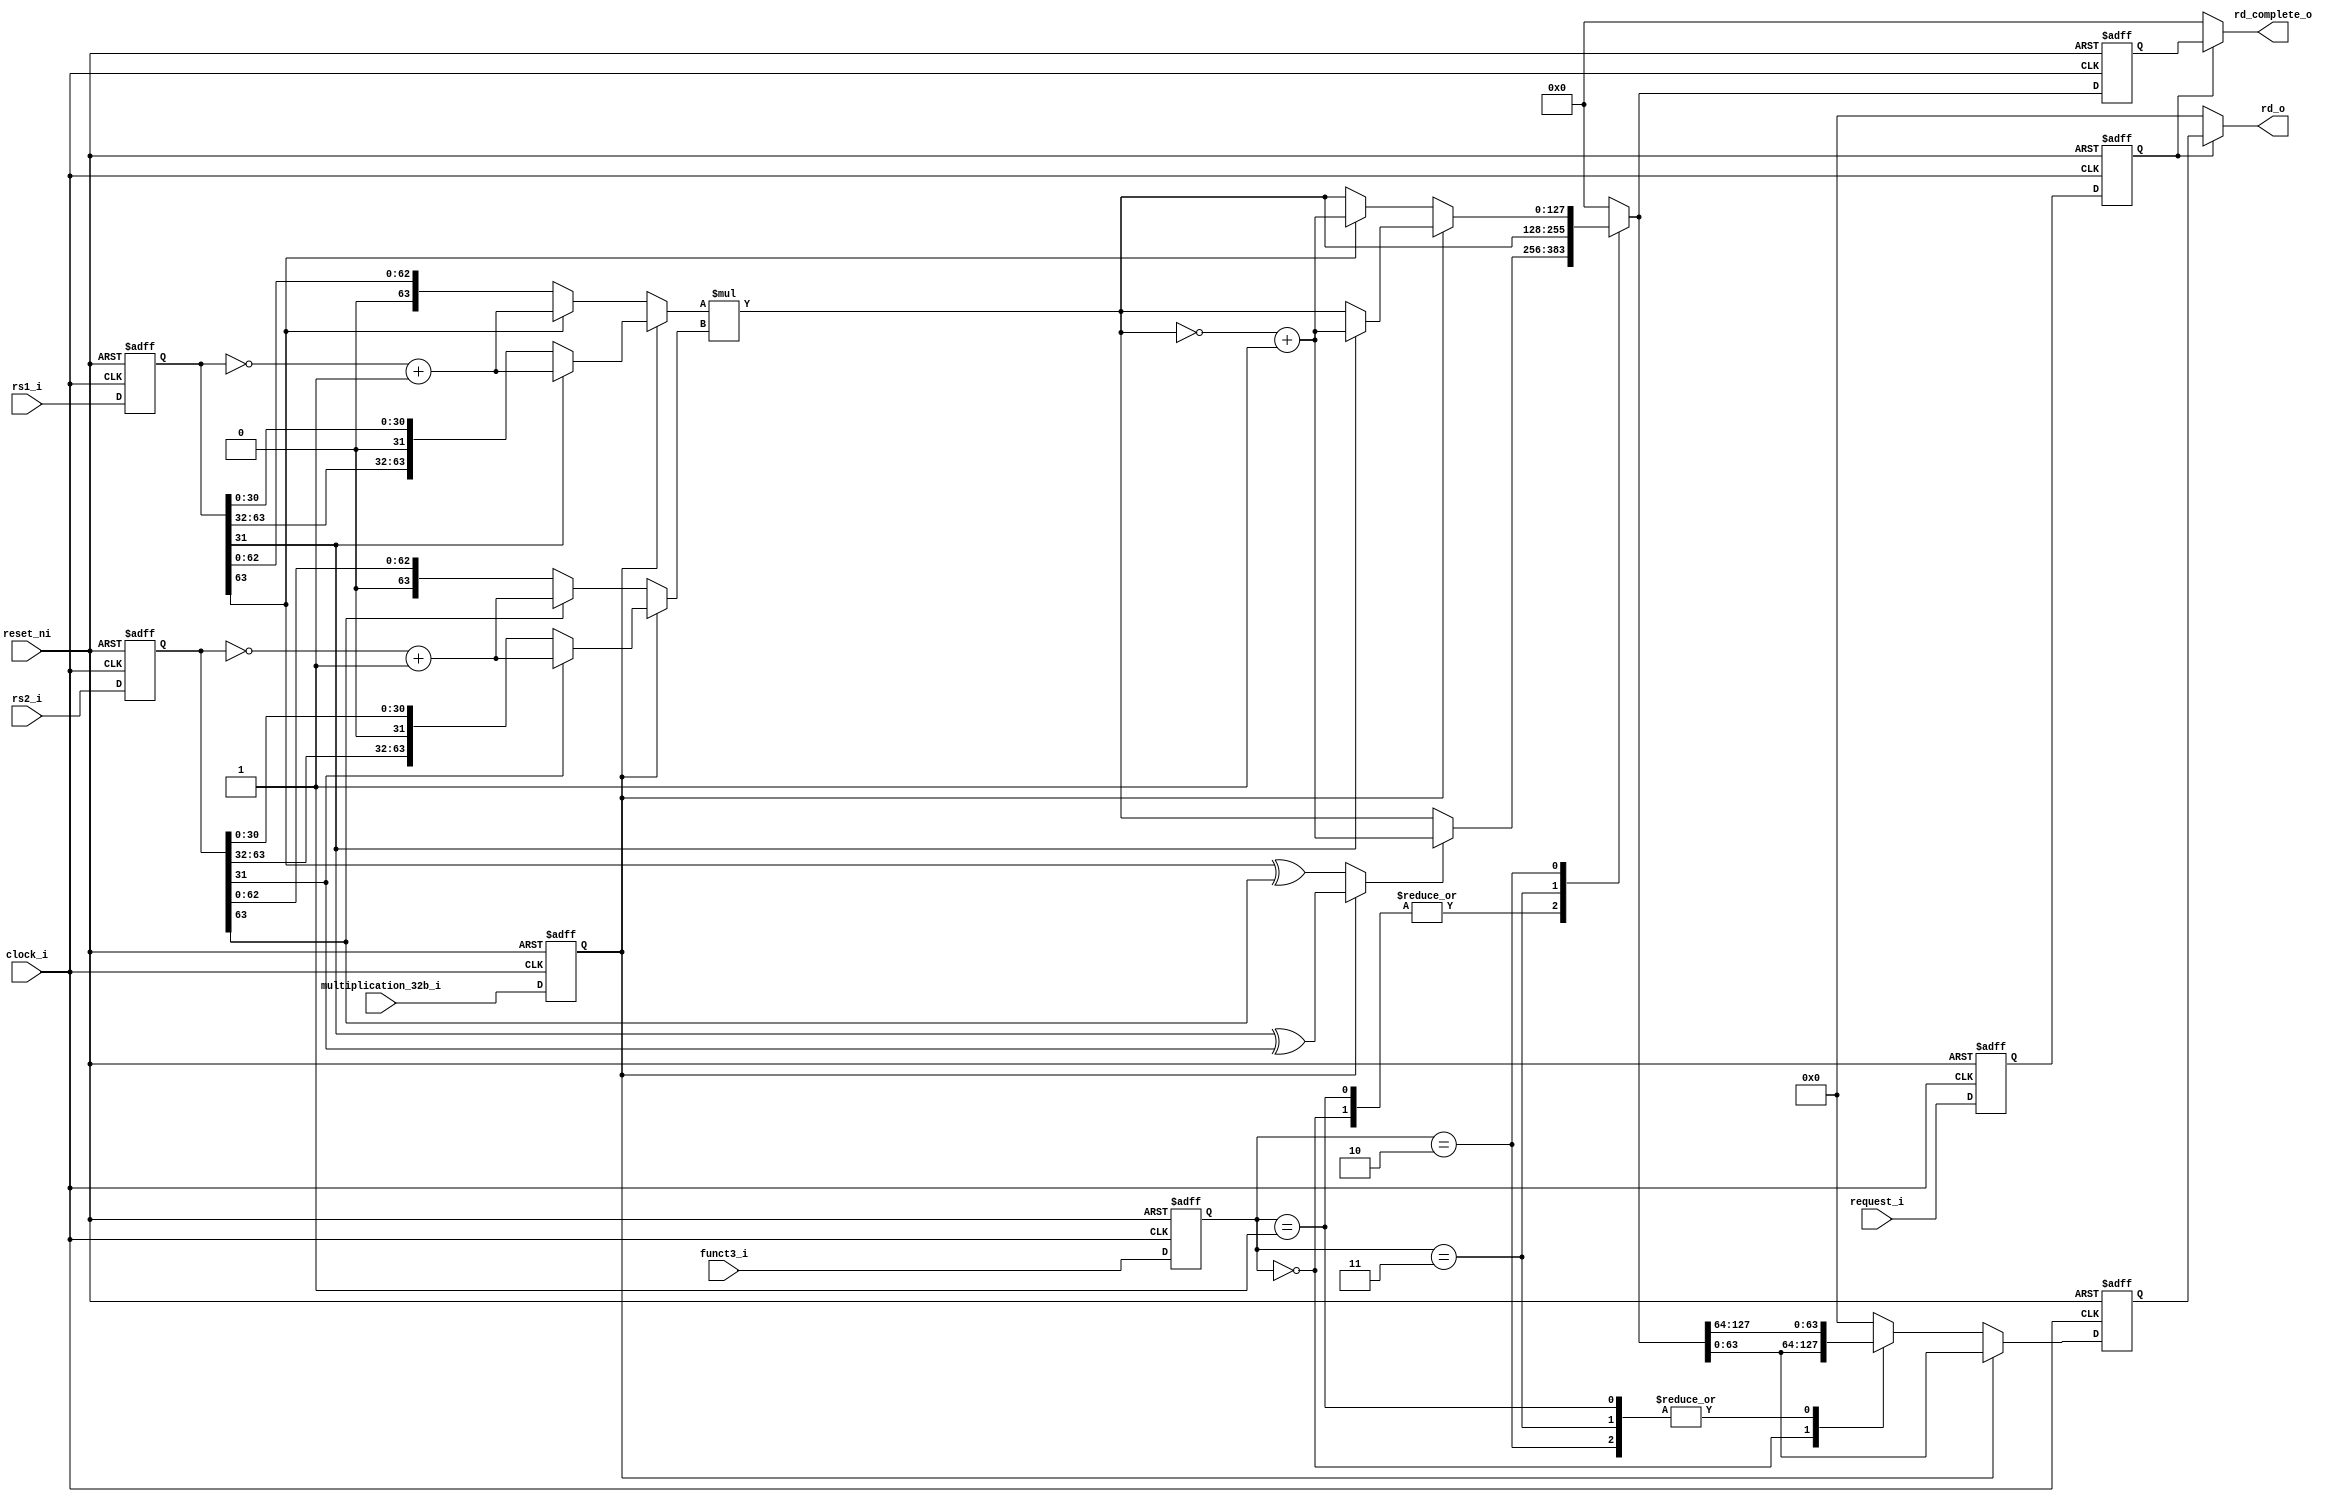
// funct3 Definitions For Scalar Integer Products.
`define mul 	3'b000 	// Signed Product.
`define mulh	3'b001 	// Signed Product, Return High Half.
`define mulhu 	3'b011 	// Unsigned Product, Return High Half.
`define mulhsu 	3'b010 	// Signed Multiplicand, Unsigned Multiplier Product, Return High Half.

module scalar_32b_64b_multiplication_unit
(
	input 				clock_i,
	input 				reset_ni,
	
	input 				request_i,

	input 		[2:0] 	funct3_i,
	input 				multiplication_32b_i, 	// Enable 32-bit Multiplication.

	input 		[63:0] 	rs1_i, 					// Multiplicand.
	input 		[63:0] 	rs2_i,					// Multiplier.

	output reg 	[63:0] 	rd_o,					// Low Or High Half Of The Product.
	output reg 	[127:0] rd_complete_o 			// Complete Product.
);

	// Inter-Stage Latches.
	// Idle-Multiplying Latches.
	reg 		request_0_r;
	reg [2:0] 	funct3_r;
	reg 		multiplication_32b_r;

	reg [63:0]	rs1_r;
	reg [63:0] 	rs2_r;

	// Multiplying-Done Latches.
	wire 		request_0_w;
	reg 		request_1_r;
	reg [63:0] 	rd_r;
	reg [127:0] rd_complete_r;

	// Result Buses.
	reg 		result_sign_r;
	reg [63:0] 	result_64b_r;
	reg [127:0] result_128b_r;
	reg [127:0] result_128b_effective_r;

	// Effective Inputs.
	reg [63:0] 	rs1_effective_r;
	reg [63:0] 	rs2_effective_r;

	assign request_0_w = request_0_r;

	// Manage result_sign_r
	always @ (*)
		result_sign_r = (multiplication_32b_r ? rs1_r[31] ^ rs2_r[31] : rs1_r[63] ^ rs2_r[63]);
	
	// Manage rs1_effective_r And rs2_effective_r.
	always @ (*)
		if (multiplication_32b_r)
			begin
				rs1_effective_r = (rs1_r[31] ? ~rs1_r + 64'd1 : rs1_r);
				rs2_effective_r = (rs2_r[31] ? ~rs2_r + 64'd1 : rs2_r);
			end
		else
			begin
				rs1_effective_r = (rs1_r[63] ? ~rs1_r + 64'd1 : rs1_r);
				rs2_effective_r = (rs2_r[63] ? ~rs2_r + 64'd1 : rs2_r);
			end

	// Perform Complete 128-bit Product.
	always @ (*)
		result_128b_r = rs1_effective_r * rs2_effective_r;

	// Manage result_128b_effective_r.
	always @ (*)
		case (funct3_r)
			`mul, `mulh : result_128b_effective_r = (result_sign_r ? ~result_128b_r + 128'd1 : result_128b_r);
			`mulhu 		: result_128b_effective_r = result_128b_r;
			`mulhsu 	:
				if (multiplication_32b_r)
					result_128b_effective_r = (rs1_r[31] ? ~result_128b_r + 128'd1 : result_128b_r);
				else
					result_128b_effective_r = (rs1_r[63] ? ~result_128b_r + 128'd1 : result_128b_r);

			default 	: result_128b_effective_r = 128'b0;
		endcase

	// Manage rd_r
	always @ (*)
		if (multiplication_32b_r)
			result_64b_r = result_128b_effective_r[63:0];
		else
			case (funct3_r)
				`mul 					: result_64b_r = result_128b_effective_r[63:0];
				`mulh, `mulhu, `mulhsu 	: result_64b_r = result_128b_effective_r[127:64];

				default 				: result_64b_r = 64'b0;
			endcase

	// Manage rd_o
	always @ (*)
		if (request_1_r)
			begin
				rd_o 			= rd_r;
				rd_complete_o 	= rd_complete_r;
			end
		else
			begin
				rd_o 			= 64'd0;
				rd_complete_o 	= 128'd0;
			end

	// Manage FSM States And Internal Pipeline Stages.
	always @ (posedge clock_i, negedge reset_ni)
		if (!reset_ni)
			begin
				// Idle-Multiplying Transition.
				request_0_r 			= 1'b0;
				funct3_r				= 3'b0;
				multiplication_32b_r 	= 1'b0;

				rs1_r 					= 64'b0;
				rs2_r 					= 64'b0;

				// Multiplying-Done Transition.
				request_1_r 			= 1'b0;
				rd_r 					= 64'b0;
				rd_complete_r 			= 128'b0;
			end

		else
			begin
				// Idle-Multiplying Transition.
				request_0_r 			= request_i;
				funct3_r				= funct3_i;
				multiplication_32b_r 	= multiplication_32b_i;

				rs1_r 					= rs1_i;
				rs2_r 					= rs2_i;

				// Multiplying-Done Transition.
				request_1_r 			= request_0_w;
				rd_r 					= result_64b_r;
				rd_complete_r 			= result_128b_effective_r;
			end

endmodule